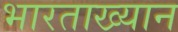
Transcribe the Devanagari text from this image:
भारताख्यान